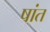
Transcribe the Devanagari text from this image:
षांत